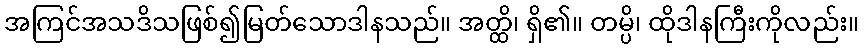
အကြင်အသဒိသဖြစ်၍မြတ်သောဒါနသည်။ အတ္ထိ၊ ရှိ၏။ တမ္ပိ၊ ထိုဒါနကြီးကိုလည်း။